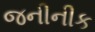
જનીનીક